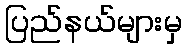
ပြည်နယ်များမှ